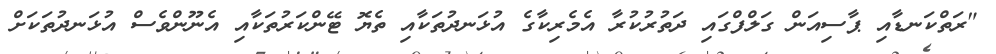
"ރަތްކަނޑާއި ޕާސިއަން ގަލްފްގައި ދަތުރުކުރާ އެމެރިކާގެ އުޅަނދުތަކާއި ތެޔޮ ޓޭންކަރުތަކާއި އެނޫންވެސް އުޅަނދުތަކަށް